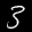
Label: 3